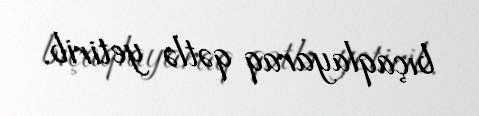
bıçaqlayaraq qətlə yetirib.